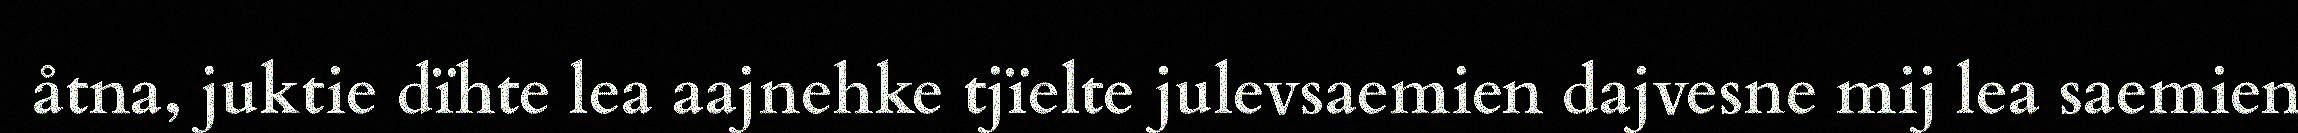
åtna, juktie dïhte lea aajnehke tjïelte julevsaemien dajvesne mij lea saemien